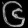
Digit: ၆